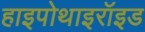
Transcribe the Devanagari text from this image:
हाइपोथाइरॉइड